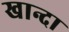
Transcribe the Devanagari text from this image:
खान्दा